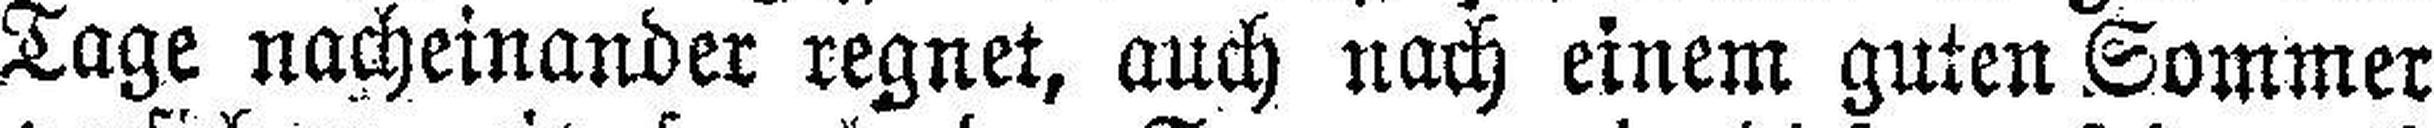
Tage nacheinander regnet, auch nach einem guten Sommer